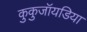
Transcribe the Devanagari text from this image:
कुकुजॉयडिया